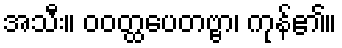
အသီး။ ဝဝတ္ထပေတဗ္ဗာ၊ ကုန်၏။